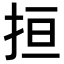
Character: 𢬎